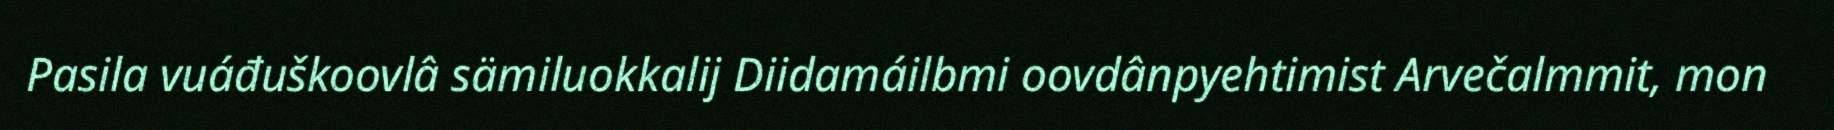
Pasila vuáđuškoovlâ sämiluokkalij Diidamáilbmi oovdânpyehtimist Arvečalmmit, mon